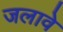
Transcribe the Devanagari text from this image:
जलावे